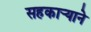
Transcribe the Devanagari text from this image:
सहकार्‍याने